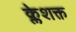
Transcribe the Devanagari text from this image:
क्लेशक्त